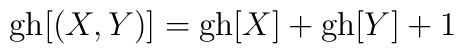
{\rm gh}[(X,Y)]={\rm gh}[X]+{\rm gh}[Y]+1